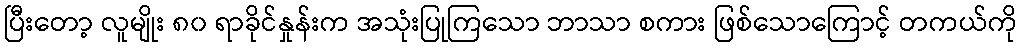
ပြီးတော့ လူမျိုး ၈၀ ရာခိုင်နှုန်းက အသုံးပြုကြသော ဘာသာ စကား ဖြစ်သောကြောင့် တကယ်ကို